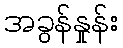
အခွန်နှုန်း